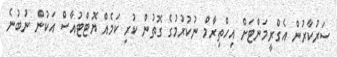
ސަރުކާރުން އެގްރީމަންޓަށް އިހްތިރާމް ނުކުރުމުގެ ގޮތުން ކުރި ކަމެއް ޔޮޓްޓުއާސް އަކުން ނުބުނެ